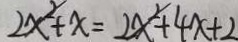
2 x ^ { 2 } + x = 2 x ^ { 2 } + 4 x + 2